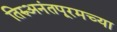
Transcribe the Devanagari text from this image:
तिरुअनंतपूरमच्या